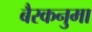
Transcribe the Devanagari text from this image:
बैरकनुमा